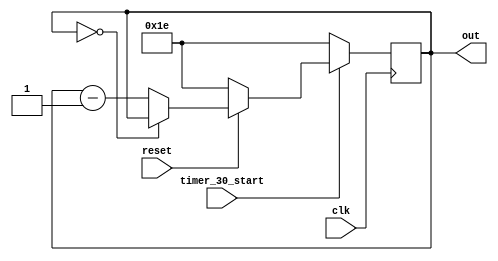
module timer_30s(
    input clk,
    input reset,
    input timer_30_start,
    output[4:0] out
    );
    
    reg[4:0] out = 5'b11110;
    parameter max = 5'b11110;
    reg count =0;
    
    always@(posedge clk)begin
        if(timer_30_start==1)begin 
            if(reset == 0) begin
                out <= max;
            end else if (out == 0) begin
                out<=out;
            end else begin
                out <= out-1;
            end
            count<=count+1;
        end else begin
            out<=max;
        end
    end//always
endmodule